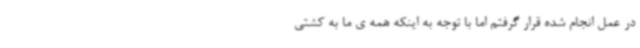
در عمل انجام شده قرار گرفتم اما با توجه به اینکه همه ی ما به کشتی